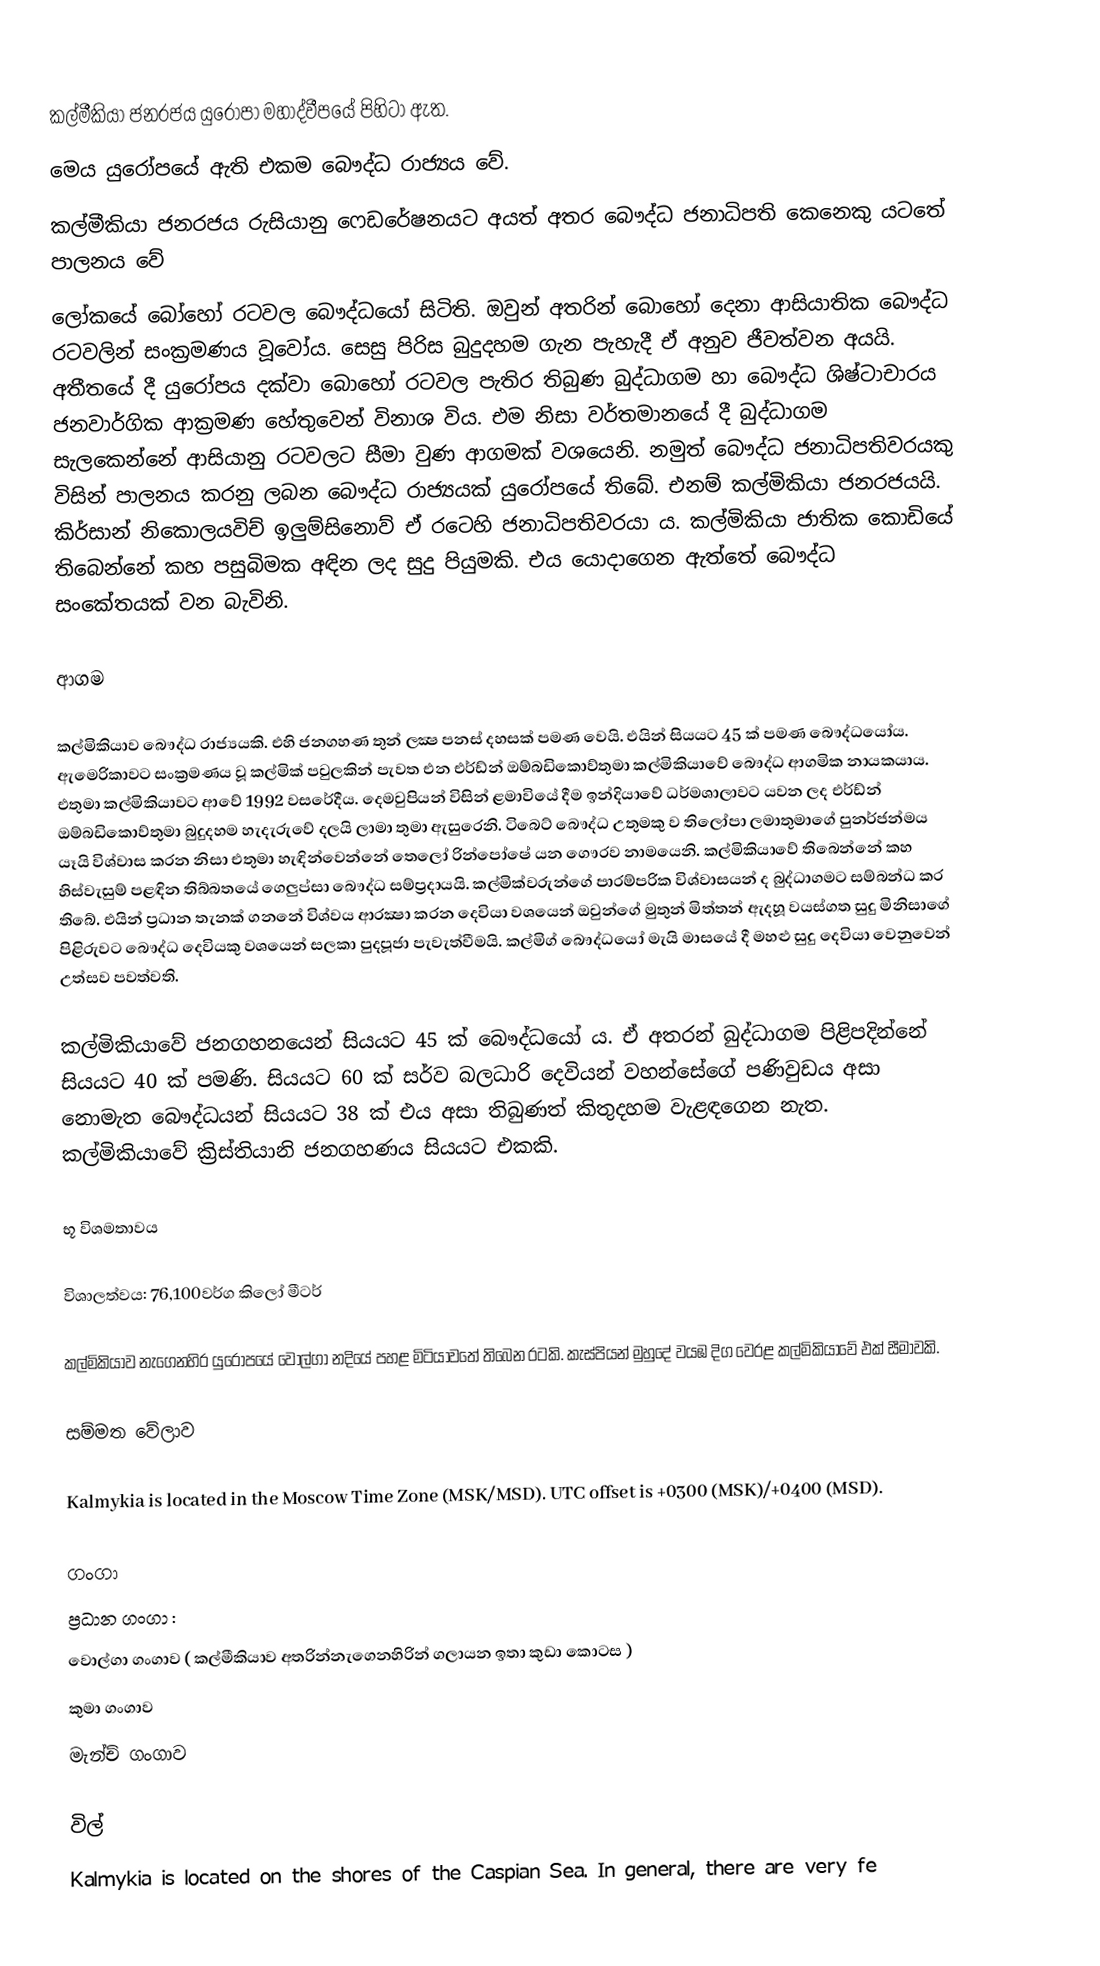
කල්මීකියා ජනරජය යුරෝපා මහාද්වීපයේ පිහිටා ඇත.
මෙය යුරෝපයේ ඇති එකම බෞද්ධ රාජ්‍යය වේ.
කල්මීකියා ජනරජය  රුසියානු ෆෙඩරේෂනයට අයත් අතර බෞද්ධ ජනාධිපති කෙනෙකු යටතේ පාලනය වේ
ලෝකයේ බෝහෝ රටවල බෞද්ධයෝ සිටිති. ඔවුන් අතරින් බොහෝ දෙනා ආසියාතික බෞද්ධ රටවලින් සංක්‍රමණය වූවෝය. සෙසු පිරිස බුදුදහම ගැන පැහැදී ඒ අනුව ජීවත්වන අයයි. අතීතයේ දී යුරෝපය දක්‌වා බොහෝ රටවල පැතිර තිබුණ බුද්ධාගම හා බෞද්ධ ශිෂ්ටාචාරය ජනවාර්ගික ආක්‍රමණ හේතුවෙන් විනාශ විය. එම නිසා වර්තමානයේ දී බුද්ධාගම සැලකෙන්නේ ආසියානු රටවලට සීමා වුණ ආගමක්‌ වශයෙනි. නමුත් බෞද්ධ ජනාධිපතිවරයකු විසින් පාලනය කරනු ලබන බෞද්ධ රාජ්‍යයක්‌ යුරෝපයේ තිබේ. එනම් කල්මිකියා ජනරජයයි. කිර්සාන් නිකොලයවිච් ඉලුම්සිනොව්  ඒ රටෙහි ජනාධිපතිවරයා ය. කල්මිකියා ජාතික කොඩියේ තිබෙන්නේ කහ පසුබිමක අඳින ලද සුදු පියුමකි. එය යොදාගෙන ඇත්තේ බෞද්ධ සංකේතයක්‌ වන බැවිනි.

ආගම

කල්මිකියාව බෞද්ධ රාජ්‍යයකි. එහි ජනගහණ තුන් ලක්‍ෂ පනස්‌ දහසක්‌ පමණ වෙයි. එයින් සියයට 45 ක්‌ පමණ බෞද්ධයෝය. ඇමෙරිකාවට සංක්‍රමණය වූ කල්මික්‌ පවුලකින් පැවත එන එර්ඩ්න් ඔම්බඩිකොව්තුමා කල්මිකියාවේ බෞද්ධ ආගමික නායකයාය. එතුමා කල්මිකියාවට ආවේ 1992 වසරේදීය. දෙමවුපියන් විසින් ළමාවියේ දීම ඉන්දියාවේ ධර්මශාලාවට යවන ලද එර්ඩ්න් ඔම්බඩිකොව්තුමා බුදුදහම හැදැරුවේ දලයි ලාමා තුමා ඇසුරෙනි. ටිබෙට්‌ බෞද්ධ උතුමකු ව තිලෝපා ලමාතුමාගේ පුනර්ජන්මය යෑයි විශ්වාස කරන නිසා එතුමා හැඳින්වෙන්නේ තෙලෝ රින්පෝෂේ යන ගෞරව නාමයෙනි. කල්මිකියාවේ තිබෙන්නේ කහ හිස්‌වැසුම් පළඳින තිබ්බතයේ ගෙලුප්සා බෞද්ධ සම්ප්‍රදායයි. කල්මික්‌වරුන්ගේ පාරම්පරික විශ්වාසයන් ද බුද්ධාගමට සම්බන්ධ කර තිබේ. එයින් ප්‍රධාන තැනක්‌ ගනනේ විශ්වය ආරක්‍ෂා කරන දෙවියා වශයෙන් ඔවුන්ගේ මුතුන් මිත්තන් ඇදහූ වයස්‌ගත සුදු මිනිසාගේ පිළිරුවට බෞද්ධ දෙවියකු වශයෙන් සලකා පුදපූජා පැවැත්වීමයි. කල්මිග් බෞද්ධයෝ මැයි මාසයේ දී මහළු සුදු දෙවියා වෙනුවෙන් උත්සව පවත්වති.

කල්මිකියාවේ ජනගහනයෙන් සියයට 45 ක්‌ බෞද්ධයෝ ය. ඒ අතරන් බුද්ධාගම පිළිපදින්නේ සියයට 40 ක්‌ පමණි. සියයට 60 ක්‌ සර්ව බලධාරි දෙවියන් වහන්සේගේ පණිවුඩය අසා නොමැත බෞද්ධයන් සියයට 38 ක්‌ එය අසා තිබුණත් කිතුදහම වැළඳගෙන නැත. කල්මිකියාවේ ක්‍රිස්‌තියානි ජනගහණය සියයට එකකි.

භූ විශමතාවය

 විශාලත්වය: 76,100වර්ග කිලෝ මීටර්

කල්මිකියාව නැගෙනහිර යුරෝපයේ වොල්ගා නදියේ පහළ මිටියාවතේ තිබෙන රටකි. කැස්‌පියන් මුහුදේ වයඹ දිග වෙරළ කල්මිකියාවේ එක්‌ සීමාවකි.

සම්මත වේලාව

Kalmykia is located in the Moscow Time Zone (MSK/MSD).  UTC offset is +0300 (MSK)/+0400 (MSD).

ගංගා
ප්‍රධාන ගංගා :
 වොල්ගා ගංගාව (  කල්මීකියාව අතරින්නැගෙනහිරින් ගලායන ඉතා කුඩා කොටස )
 කුමා ගංගාව
 මැන්ච් ගංගාව

විල්
Kalmykia is located on the shores of the Caspian Sea.  In general, there are very fe